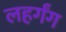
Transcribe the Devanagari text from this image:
लहर्गंग